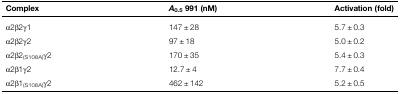
| Complex | A0.5 991 (nM) | Activation (fold) |
 | --- | --- | --- |
 | α2β2γ1 | 147 ± 28 | 5.7 ± 0.3 |
 | α2β2γ2 | 97 ± 18 | 5.0 ± 0.2 |
 | α2β2(S108A)γ2 | 170 ± 35 | 5.4 ± 0.3 |
 | α2β1γ2 | 12.7 ± 4 | 7.7 ± 0.4 |
 | α2β1(S108A)γ2 | 462 ± 142 | 5.2 ± 0.5 |